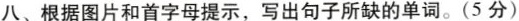
八、根据图片和首字母提示,写出句子所缺的单词.(5分)